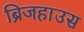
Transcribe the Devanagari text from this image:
ब्रिजहाउस